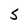
Character: s